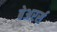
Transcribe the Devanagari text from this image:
बेअरर्स